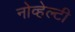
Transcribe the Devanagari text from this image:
नोव्हेल्टी